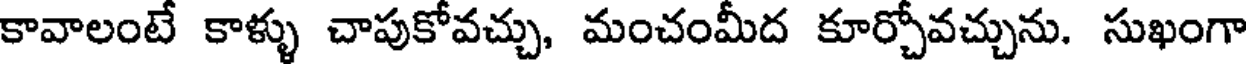
కావాలంటే కాళ్ళు చాపుకోవచ్చు, మంచంమీద కూర్చోవచ్చును. సుఖంగా